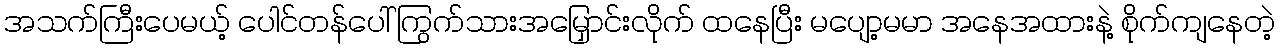
အသက်ကြီးပေမယ့် ပေါင်တန်ပေါ် ကြွက်သားအမြှောင်းလိုက် ထနေပြီး မပျော့မမာ အနေအထားနဲ့ စိုက်ကျနေတဲ့